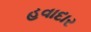
હવાદાર